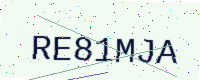
Text: RE81MJA